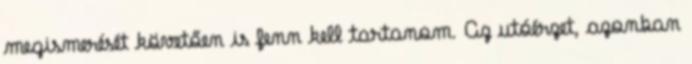
megismerését követően is fenn kell tartanom. Az utóérzet, azonban